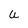
Character: u